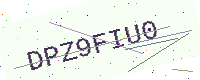
Text: DPZ9FIU0